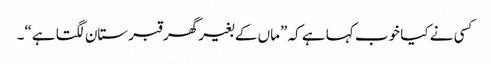
کسی نے کیا خوب کہا ہے کہ ”ماں کے بغیر گھر قبرستان لگتا ہے“۔